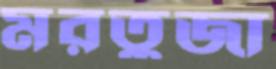
মরতুজা